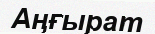
Аңғырат